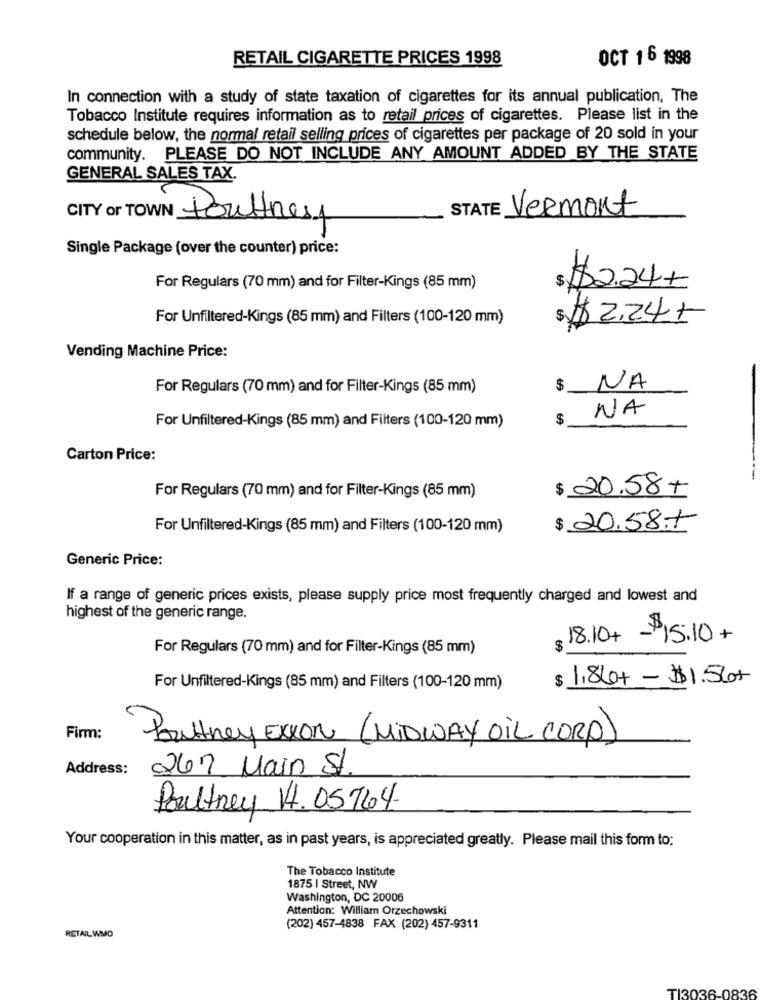
RETAIL CIGARETTE PRICES 1998
OCT 1 6 1998
In connection with a study of state taxation of cigarettes for its annual publication, The
Tobacco Institute requires information as to retail prices of cigarettes. Please list in the
schedule below, the normal retail selling prices of cigarettes per package of 20 sold in your
community. PLEASE DO NOT INCLUDE ANY AMOUNT ADDED BY THE STATE
GENERAL SALES TAX.
CITY or TO
NN Poultrest
STATE
Vermont
Single Package (over the counter) price:
For Regulars (70 mm) and for Filter-Kings (85 mm)
$ $2.24+
For Unfiltered-Kings (85 mm) and Filters (100-120 mm)
$ $2.24-
Vending Machine Price:
For Regulars (70 mm) and for Filter-Kings (85 mm)
$
NA
NA
$
For Unfiltered-Kings (85 mm) and Filters (100-120 mm)
Carton Price:
-
$ 20.58 +
For Regulars (70 mm) and for Filter-Kings (85 mm)
For Unfiltered-Kings (85 mm) and Filters (100-120 mm)
$ 20.58.7
Generic Price:
If a range of generic prices exists, please supply price most frequently charged and lowest and
highest of the generic range.
18.10+ -$15.10 +
For Regulars (70 mm) and for Filter-Kings (85 mm)
$
$ 1,84+- $1.56+
For Unfiltered-Kings (85 mm) and Filters (100-120 mm)
Firm:
Poultney Exxon (MIDWAY OIL CORP)
Address:
267 Main St
Poultney V. 05764.
Your cooperation in this matter, as in past years, is appreciated greatly. Please mail this form to:
The Tobacco Institute
1875 | Street, NW
Washington, DC 20006
Attention: William Orzechowski
(202) 457-4838 FAX (202) 457-9311
RETAIL WMO
TI3036-0836